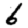
Digit: 6